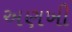
અણખી